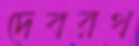
দেবরথ